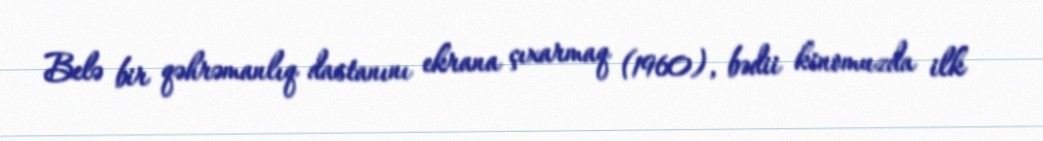
Belə bir qəhrəmanlıq dastanını ekrana çıxarmaq (1960), bədii kinomuzda ilk